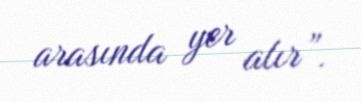
arasında yer alır”.